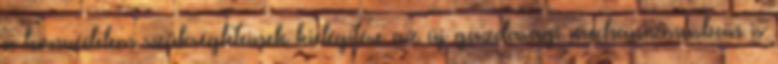
a honvédelem szükségleteinek kielégítése az új gazdasági mechanizmusban is